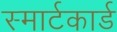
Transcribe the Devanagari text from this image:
स्मार्टकार्ड